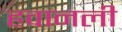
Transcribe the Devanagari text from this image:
हवानली